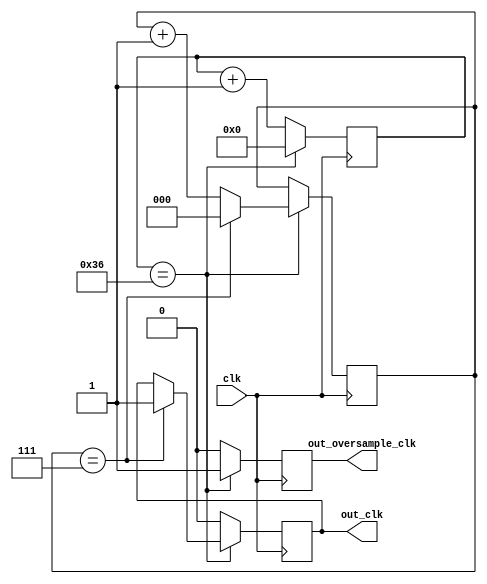
module baud_generator(
	clk,
	out_clk,
	out_oversample_clk);

parameter BAUD_RATE = 115200;
parameter SYS_CLOCK_HZ = 50000000;
parameter OVERSAMPLE_AMOUNT = 8;

input clk;
output reg out_clk;
output reg out_oversample_clk;

reg [15:0] baud_ctr = 0;
reg [2:0] oversample_ctr = 0;

always @(posedge clk)
begin
	if (baud_ctr == (SYS_CLOCK_HZ / (BAUD_RATE * OVERSAMPLE_AMOUNT)))
	begin
		out_oversample_clk <= 1;
		baud_ctr <= 0;
		if (oversample_ctr == (OVERSAMPLE_AMOUNT - 1))
		begin
			out_clk <= 1;
			oversample_ctr <= 0;
		end
		else
		begin
			oversample_ctr <= oversample_ctr + 1;
		end
	end
	else
	begin
		baud_ctr <= baud_ctr + 1;
		out_clk <= 0;
		out_oversample_clk <= 0;
	end
end

endmodule